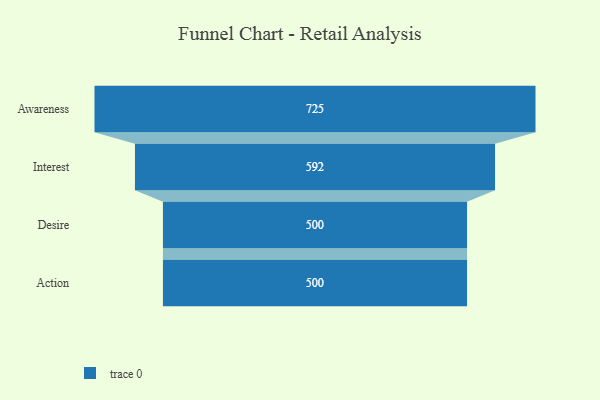
{"axis": {"x": "Stage", "y": "Value"}, "legend": [""], "data": [{"x": "Awareness", "y": 725.0, "type": ""}, {"x": "Interest", "y": 592.0, "type": ""}, {"x": "Desire", "y": 500, "type": ""}, {"x": "Action", "y": 500, "type": ""}]}